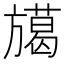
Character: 𭥅